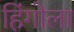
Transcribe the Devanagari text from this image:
हिंगोला